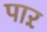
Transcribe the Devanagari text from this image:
पाऱ